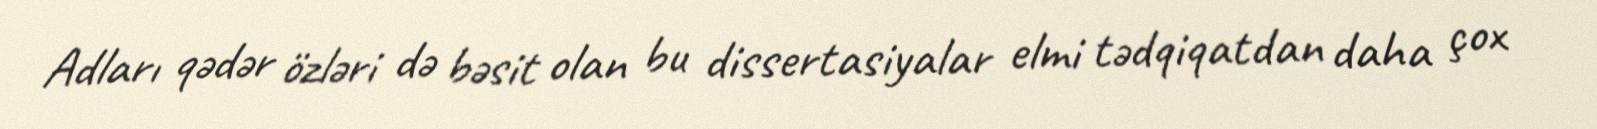
Adları qədər özləri də bəsit olan bu dissertasiyalar elmi tədqiqatdan daha çox